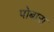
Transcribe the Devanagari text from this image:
पोबारा